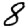
Digit: 8